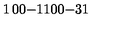
\begin{matrix} { 1 } & { 0 } & { 0 } \\ { - 1 } & { 1 } & { 0 } \\ { 0 } & { - 3 } & { 1 } \\ \end{matrix}